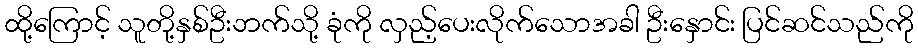
ထို့ကြောင့် သူတို့နှစ်ဦးဘက်သို့ ခုံကို လှည့်ပေးလိုက်သောအခါ ဦးနှောင်း ပြင်ဆင်သည်ကို